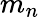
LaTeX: m_{n}